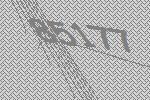
85177